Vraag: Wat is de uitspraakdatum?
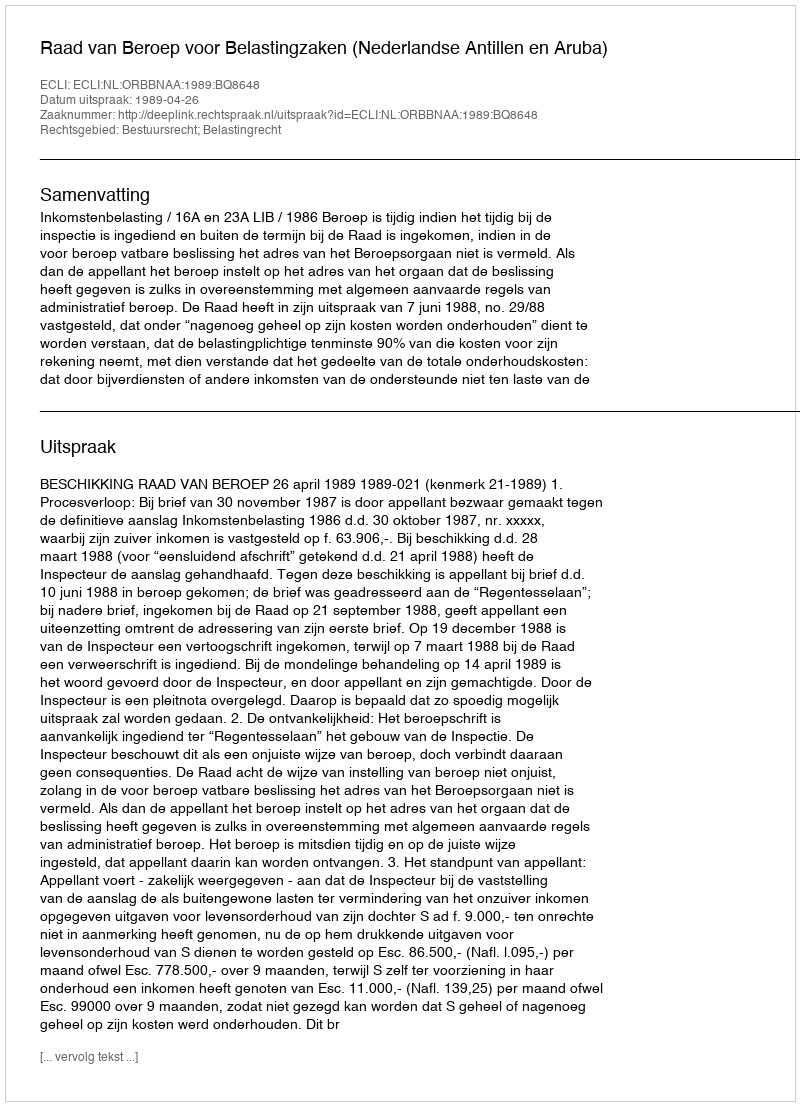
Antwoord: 1989-04-26